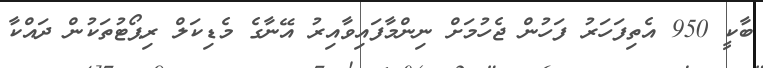
ބާކީ 950 އެތިފަހަރު ފަހުން ޖެހުމަށް ނިންމާފައިވާއިރު އޭނާގެ މެޑިކަލް ރިޕޯޓުތަކުން ދައްކާ